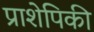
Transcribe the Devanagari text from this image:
प्राशेपिकी